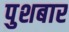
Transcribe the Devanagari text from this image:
पुशबार